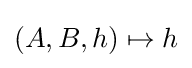
(A,B,h)\mapsto h